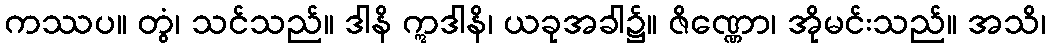
ကဿပ။ တွံ၊ သင်သည်။ ဒါနိ ဣဒါနိ၊ ယခုအခါ၌။ ဇိဏ္ဏော၊ အိုမင်းသည်။ အသိ၊